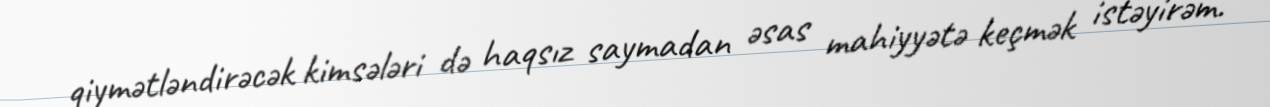
qiymətləndirəcək kimsələri də haqsız saymadan əsas mahiyyətə keçmək istəyirəm.